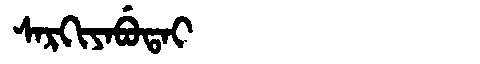
Manchu: ᠰᠠᡵᡴᡳᠶᠠᠪᡠᡨᠠᡳ
Romanization: SARKIYABUTAI